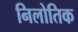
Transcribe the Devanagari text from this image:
निलोतिक